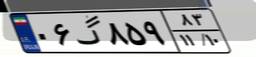
۰۸گ۱۱۸۶۳